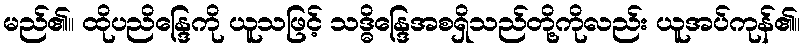
မည်၏။ ထိုပညိန္ဒြေကို ယူသဖြင့် သဒ္ဓိန္ဒြေအစရှိသည်တို့ကိုလည်း ယူအပ်ကုန်၏။